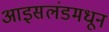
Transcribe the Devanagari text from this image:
आइसलंडमधून